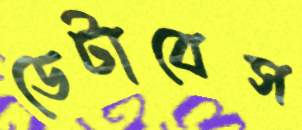
ডেটাবেস